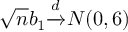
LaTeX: { \sqrt { n } } b _ { 1 } { \xrightarrow { d } } N ( 0 , 6 )